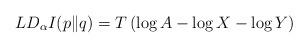
LaTeX: \begin{align*}LD_{\alpha}I(p\|q)=T\left(\log A-\log X-\log Y\right)\end{align*}